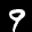
Label: 9